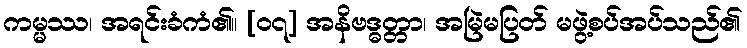
ကမ္မဿ၊ အရင်းခံကံ၏။ [၀၇] အနိဗဒ္ဓတ္တာ၊ အမြဲမပြတ် မဖွဲ့စပ်အပ်သည်၏